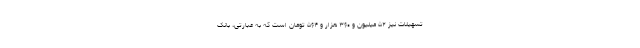
تسهیلات نیز ۵۲ میلیون و ۳۶۰ هزار و ۵۶۴ تومان است که به عبارتی، بانک